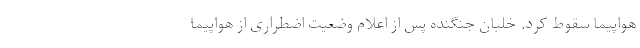
هواپیما سقوط کرد. خلبان جنگنده پس از اعلام وضعیت اضطراری از هواپیما